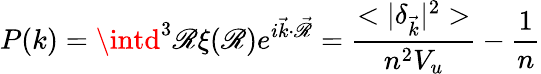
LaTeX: P(k)=\displaystyle\intd^{3}\mathscr{R}\xi(\mathscr{R})e^{i\vec{{k}}\cdot\vec{{\mathscr{R}}}}=\frac{{<|\delta_{\vec{{k}}}|^{2}>}}{{n^{2}V_{u}}}-\frac{{1}}{{n}}